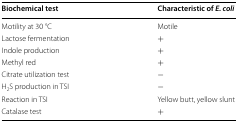
| Biochemical test | Characteristic of E. coli |
 | --- | --- |
 | Motility at 30 °C | Motile |
 | Lactose fermentation | + |
 | Indole production | + |
 | Methyl red | + |
 | Citrate utilization test | − |
 | H2S production in TSI | − |
 | Reaction in TSI | Yellow butt, yellow slunt |
 | Catalase test | + |